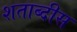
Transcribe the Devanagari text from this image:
शताब्दीस